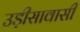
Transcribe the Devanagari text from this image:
उड़ीसावासी